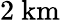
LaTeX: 2~\mathrm{km}